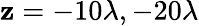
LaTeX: \mathbf{z}=-10\lambda,-20\lambda